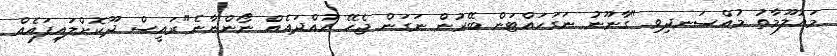
މައުލޫމާތު މުއްސަނދިވި "ގާނޫނު ނަގަހައްޓަން ބޭރުން ނަގަން ޖެހޭ ހުއްދައެއް ނޯންނާނެ"ރައީސް ދޫކޮށްލައިފައެއް